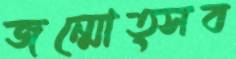
জন্মোত্সব